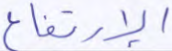
الإرتفاع